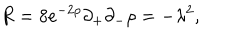
R = 8 e ^ { - 2 \rho } \partial _ { + } \partial _ { - } \rho = - \lambda ^ { 2 } ,